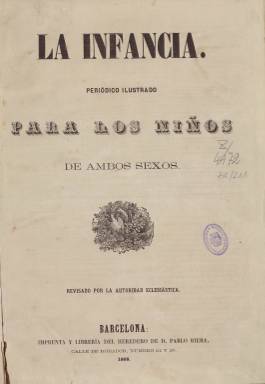
Título: La Infancia (Barcelona. 1867)
Colección: Revistas infantiles
Ámbito geográfico: Barcelona
Lugar de publicación: Barcelona
Fechas: 06/07/1867-24/12/1868

Semanario infantil de declarado ideario católico como refleja su cabecera de portada, en la que se ve a unos niños acercándose a Jesucristo con la leyenda: ‘Dejad que vengan a mí los niños’.  En el prospecto de su primer número, tras señalar la importancia de la educación infantil, el periódico señalaba pomposamente que “la religión, la moral y la instrucción son los tres poderosos arquitectos que destruyen con su formidable piqueta los presidios y los cadalsos para levantar en su lugar el edificio de la paz y felicidad de las naciones”.

    La publicación constaba de cuatro páginas y se abría con un artículo moral en el que de forma sencilla se explicaba a los niños y niñas la importancia de los valores y virtudes cristianas y la importancia de la buena conducta. Había secciones de historia natural o ciencias naturales, de historia sagrada y de historia de España, así como cuentos, leyendas, poesía, máximas y pensamientos, adivinanzas y charadas.

   También a imitación de la prensa de la época publicó folletines por entregas especialmente dirigidos a los niños, comenzando por la novela  Aventura de un perro de aguas.

    El periódico, editado en Barcelona por Manuel Miró, contaba con pequeñas ilustraciones referentes a los temas tratados y publicó un total de 78 números, el último de ellos el 24 diciembre de 1868. La BNE tiene toda la colección con un índice con el que se puede seguir el contenido completo de la publicación durante su corta vida.

    En ese último número, la publicación explica el motivo de su desaparición “en virtud de las circunstancias extraordinarias que se están atravesando”, aludiendo sin nombrarla a la revolución llamada ‘La Gloriosa’, que derrocó a la monarquía de la Isabel II.

    El editor añadía alguno de los motivos del cierre: “por haberse suprimido algunos colegios en que había un buen número de suscriptores, nos vemos en la precisión de suspender por ahora la publicación de La Infancia”. Aunque lo cierto es que ya no volvió a aparecer.

[Descripción publicada el 16/05/2019]